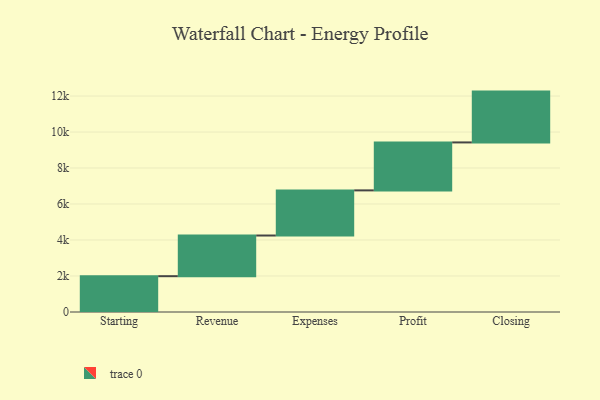
{"axis": {"x": "Step", "y": "Value"}, "legend": [""], "data": [{"x": "Starting", "y": 1990.0, "type": ""}, {"x": "Revenue", "y": 2260.0, "type": ""}, {"x": "Expenses", "y": 2508.0, "type": ""}, {"x": "Profit", "y": 2665.0, "type": ""}, {"x": "Closing", "y": 2824.0, "type": ""}]}